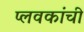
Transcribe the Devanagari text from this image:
प्लवकांची